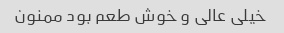
خیلی عالی و خوش طعم بود ممنون